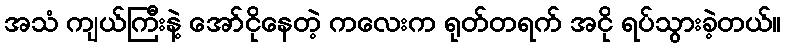
အသံ ကျယ်ကြီးနဲ့ အော်ငိုနေတဲ့ ကလေးက ရုတ်တရက် အငို ရပ်သွားခဲ့တယ်။